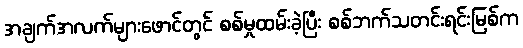
အချက်အလက်များဖောင်တွင် စစ်မှုထမ်းခဲ့ပြီး စစ်ဘက်သတင်းရင်းမြစ်က